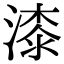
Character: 漆